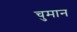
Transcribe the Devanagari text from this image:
चुमान